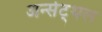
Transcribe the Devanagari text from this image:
अर्न्सट्थल